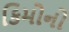
કિમોનો